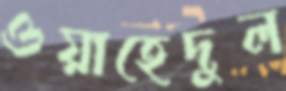
ওয়াহেদুল